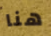
هنا